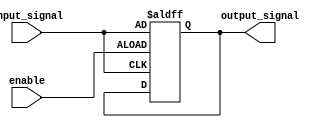
module enable_latch (
    input enable,
    input input_signal,
    output reg output_signal
);

always @ (posedge enable or posedge input_signal)
begin
    if (enable)
        output_signal <= input_signal;
end

endmodule